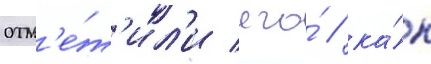
отм'е́т'ил'и его́ / ка́к